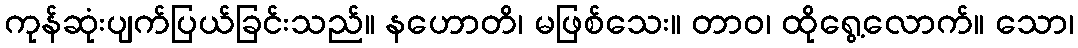
ကုန်ဆုံးပျက်ပြယ်ခြင်းသည်။ နဟောတိ၊ မဖြစ်သေး။ တာဝ၊ ထိုရွေ့လောက်။ သော၊